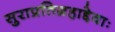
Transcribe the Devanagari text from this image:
सुराप्रतिग्रहाद्देवाः